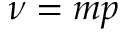
\nu = m p